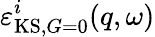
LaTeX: \varepsilon_{\mathrm{KS},G=0}^{i}(q,\omega)